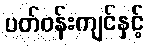
ပတ်ဝန်းကျင်နှင့်